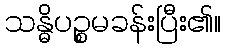
သန္ဓိပဉ္စမခန်းပြီး၏။